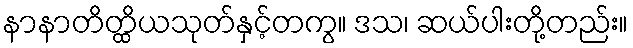
နာနာတိတ္ထိယသုတ်နှင့်တကွ။ ဒသ၊ ဆယ်ပါးတို့တည်း။